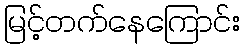
မြင့်တက်နေကြောင်း